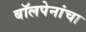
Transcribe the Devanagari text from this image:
बॉलपेनांचा